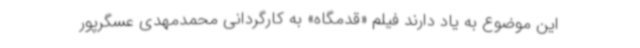
این موضوع به یاد دارند فیلم «قدمگاه» به کارگردانی محمدمهدی عسگرپور